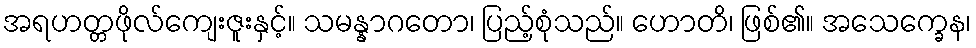
အရဟတ္တဖိုလ်ကျေးဇူးနှင့်။ သမန္နာဂတော၊ ပြည့်စုံသည်။ ဟောတိ၊ ဖြစ်၏။ အသေက္ခေန၊